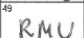
Transcription: RMU